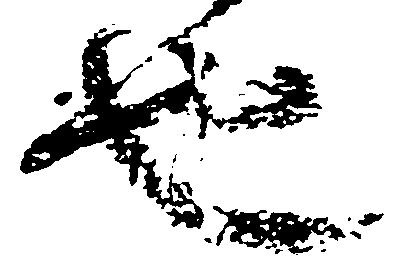
也